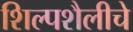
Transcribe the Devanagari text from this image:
शिल्पशैलीचे